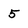
Character: 5